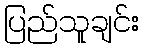
ပြည်သူချင်း